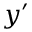
y ^ { \prime }